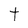
Character: t